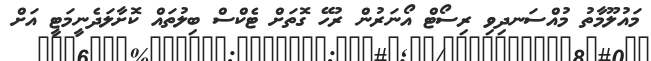
މައުލޫމާތު މުއްސަނދިވި ރިސޯޓް އޯނަރުން ރުހޭ ގޮތަށް ޓެކްސް ބިލުތައް ކޮށާލަދެނީމަޓީ އަށް